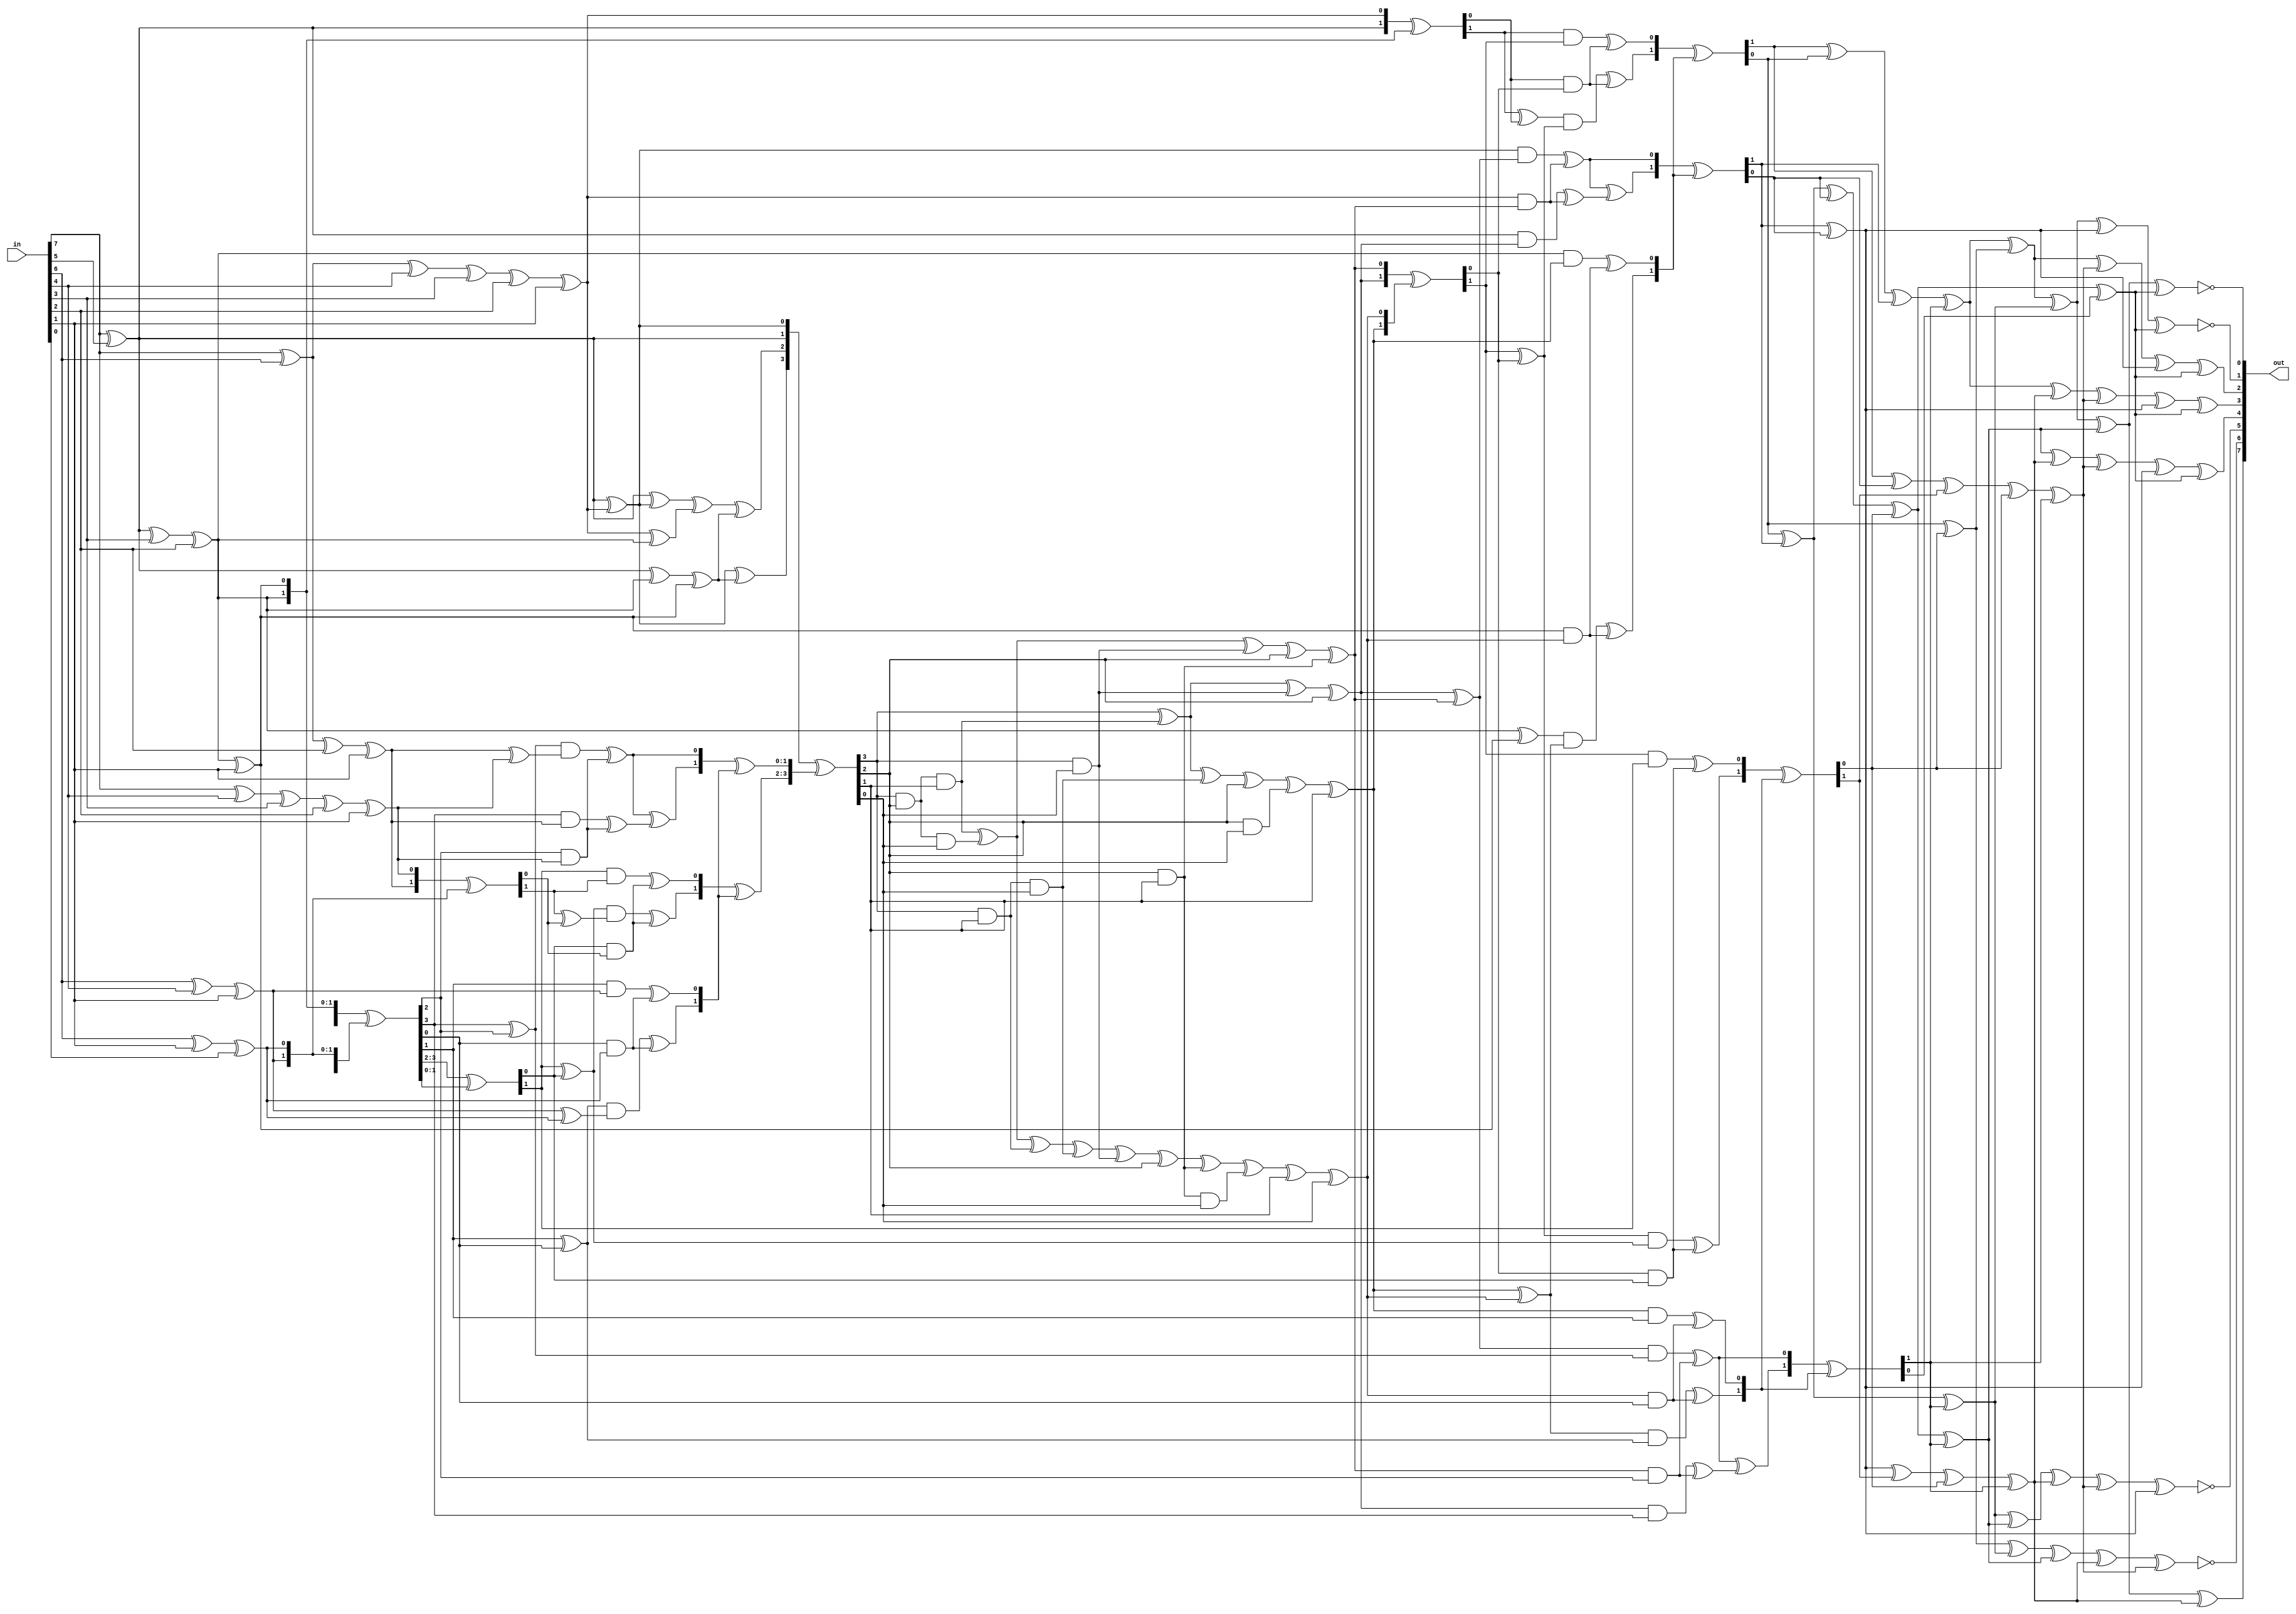

module s_box(in,out);

input [7:0]in;

output [7:0]out;

//reg [7:0]out;

wire [7:0]t2,t3,t5,t6;
wire [3:0]p,p1,p2,p21,q,q1,q2,x,y,t4;
wire [1:0]a,a1,a2,b,b1,b2,c,c1,d,d1,f,f1,f2,f3,g,g1,h,h1,h2,e,e1,e2,i,i1,i2,j,j1,j2,j3,m,m1,l,l1,l2;

	
	// Multiplicative Inversion
		//Isomorphic mapping
	assign	t2[7]=in[7]^in[5];
	assign	t2[6]=in[7]^in[6]^in[4]^in[3]^in[2]^in[1];
	assign	t2[5]=in[7]^in[5]^in[3]^in[2];
	assign	t2[4]=in[7]^in[5]^in[3]^in[2]^in[1];
	assign	t2[3]=in[7]^in[6]^in[2]^in[1];
	assign	t2[2]=in[7]^in[4]^in[3]^in[2]^in[1];
	assign	t2[1]=in[6]^in[4]^in[1];
	assign	t2[0]=in[6]^in[1]^in[0];

		//Spliting to upper and lower nibble
	assign	p=t2[7:4];    //p_upper_nibble
	assign	q=t2[3:0];    //q_lower nibble         
		//Adition operation in GF(2^4)
	assign	q1=p^q;     
		
	//Squareing  in GF(2^4)
	assign	p1[3]=p[3];      
	assign	p1[2]=p[3]^p[2];
	assign	p1[1]=p[2]^p[1];
	assign	p1[0]=p[3]^p[1]^p[0];     
		
	//Multiplication with constant lambda in GF(2^4)
	assign p2[3]=p1[2]^p1[0];
	assign	p2[2]=p1[3]^p1[2]^p1[1]^p1[0];
	assign	p2[1]=p1[3];
	assign	p2[0]=p1[2];    
		//Multiplication Operation in GF(2^4)
	
	assign	a=q1[3:2];
	assign	b=q1[1:0];
	assign	c=q[3:2];
	assign	d=q[1:0];
		
	assign	a1[1]=(a[1]^a[0])&(c[1]^c[0])^(a[0]&c[0]);
	assign	a1[0]=(a[1]&c[1])^(a[0]&c[0]);
	assign	a2[1]=a1[1]^a1[0];
	assign	a2[0]=a1[1];
		
	assign	b1=a^b;
	assign	c1=c^d;
	assign	b2[1]=(b1[1]^b1[0])&(c1[1]^c1[0])^(b1[0]&c1[0]);
	assign	b2[0]=(b1[1]&c1[1])^(b1[0]&c1[0]);
		
	assign	d1[1]=(b[1]^b[0])&(d[1]^d[0])^(b[0]&d[0]);
	assign	d1[0]=(b[1]&d[1])^(b[0]&d[0]);

	assign	p21=p2;

	assign	q2[3:2]=b2^d1;
	assign	q2[1:0]=a2^d1;
		//xor operation
	assign	t3=p21^q2;                         
		
	//Multiplicative Inversion in GF(2^4)
	assign	t4[3]=t3[3]^t3[3]&t3[2]&t3[1]^t3[3]&t3[0]^t3[2];
	assign	t4[2]=t3[3]&t3[2]&t3[1]^t3[3]&t3[2]&t3[0]^t3[3]&t3[0]^t3[2]^t3[2]&t3[1];
	assign	t4[1]=t3[3]^t3[3]&t3[2]&t3[1]^t3[3]&t3[1]&t3[0]^t3[2]^t3[2]&t3[0]^t3[1];
	assign	t4[0]=t3[3]&t3[2]&t3[1]^t3[3]&t3[2]&t3[0]^t3[3]&t3[1]^t3[3]&t3[1]&t3[0]^t3[3]&t3[0]^t3[2]^t3[2]&t3[1]^t3[2]&t3[1]&t3[0]^t3[1]^t3[0];
		
	
	//Multiplication Operation in GF(2^4)
	assign	e=p[3:2];
	assign	f=p[1:0];
	assign	g=t4[3:2];
	assign	h=t4[1:0];
	assign	e1[1]=(e[1]^e[0])&(g[1]^g[0])^(e[0]&g[0]);
	assign	e1[0]=(e[1]&g[1])^(e[0]&g[0]);
	assign	e2[1]=e1[1]^e1[0];
	assign	e2[0]=e1[1];
		
	assign	f1=e^f;
	assign	g1=g^h;
	assign	f2[1]=(f1[1]^f1[0])&(g1[1]^g1[0])^(f1[0]&g1[0]);
	assign	f2[0]=(f1[1]&g1[1])^(f1[0]&g1[0]);
		
	assign	h1[1]=(f[1]^f[0])&(h[1]^h[0])^(f[0]&h[0]);
	assign	h1[0]=(f[1]&h[1])^(f[0]&h[0]);
		
	assign	f3=f2^h1;
	assign	h2=e2^h1;
			
	assign	x[3:2]=f3;
	assign	x[1:0]=h2;
	
        //Multiplication Operation in GF(2^4)
	assign	i=t4[3:2];
	assign	j=t4[1:0];
	assign	m=q1[3:2];
	assign	l=q1[1:0];
		
	assign	i1[1]=(i[1]^i[0])&(m[1]^m[0])^(i[0]&m[0]);
	assign	i1[0]=(i[1]&m[1])^(i[0]&m[0]);
	assign	i2[1]=i1[1]^i1[0];
	assign	i2[0]=i1[1];
		
	assign	j1=i^j;
	assign	m1=m^l;
	assign	j2[1]=(j1[1]^j1[0])&(m1[1]^m1[0])^(j1[0]&m1[0]);
	assign	j2[0]=(j1[1]&m1[1])^(j1[0]&m1[0]);
		
	assign	l1[1]=(j[1]^j[0])&(l[1]^l[0])^(j[0]&l[0]);
	
	assign	l1[0]=(j[1]&l[1])^(j[0]&l[0]);
		
	assign	j3=j2^l1;
	assign	l2=i2^l1;
		
	assign	y[3:2]=j3;
	assign	y[1:0]=l2;




	assign	t5[7:4]=x;
	assign	t5[3:0]=y;
		
        //Inverse Isomorphic mapping to GF(2^8)
	assign	t6[7]=t5[7]^t5[6]^t5[5]^t5[1];
	assign	t6[6]=t5[6]^t5[2];
	assign	t6[5]=t5[6]^t5[5]^t5[1];
	assign	t6[4]=t5[6]^t5[5]^t5[4]^t5[2]^t5[1];
	assign	t6[3]=t5[5]^t5[4]^t5[3]^t5[2]^t5[1];
	assign	t6[2]=t5[7]^t5[4]^t5[3]^t5[2]^t5[1];
	assign	t6[1]=t5[5]^t5[4];
	assign	t6[0]=t5[6]^t5[5]^t5[4]^t5[2]^t5[0];

	
		
	//Affine Transformation
	assign  out[7]=t6[7]^t6[6]^t6[5]^t6[4]^t6[3];
	assign	out[6]=t6[6]^t6[5]^t6[4]^t6[3]^t6[2]^1'b1;
	assign	out[5]=t6[5]^t6[4]^t6[3]^t6[2]^t6[1]^1'b1;
	assign	out[4]=t6[4]^t6[3]^t6[2]^t6[1]^t6[0];
	assign	out[3]=t6[7]^t6[3]^t6[2]^t6[1]^t6[0];
	assign	out[2]=t6[7]^t6[6]^t6[2]^t6[1]^t6[0];
	assign	out[1]=t6[7]^t6[6]^t6[5]^t6[1]^t6[0]^1'b1;
	assign	out[0]=t6[7]^t6[6]^t6[5]^t6[4]^t6[0]^1'b1;

	endmodule